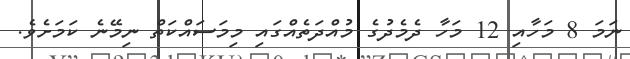
ނަމަ 8 މަހާއި 12 މަހާ ދެމެދުގެ މުއްދަތެއްގައި މިމަސައްކަތް ނިމޭނެ ކަމަށެވެ.